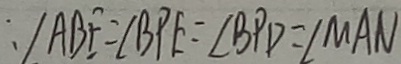
\therefore \vert A B F = \angle B P E = \angle B P D = \angle M A N